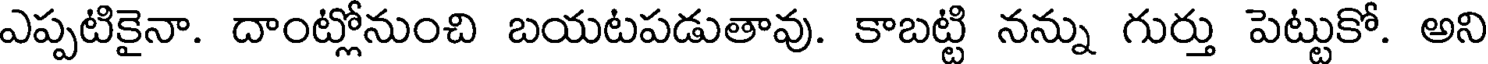
ఎప్పటికైనా. దాంట్లోనుంచి బయటపడుతావు. కాబట్టి నన్ను గుర్తు పెట్టుకో. అని